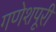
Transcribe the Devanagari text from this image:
गणेशपूरी